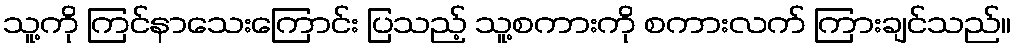
သူ့ကို ကြင်နာသေးကြောင်း ပြသည့် သူ့စကားကို စကားလက် ကြားချင်သည်။